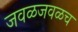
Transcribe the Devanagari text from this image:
जवळजवळच